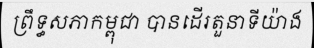
ព្រឹទ្ធសភាកម្ពុជា បានដើរតួនាទីយ៉ាង